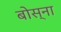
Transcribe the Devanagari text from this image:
बोस्ना